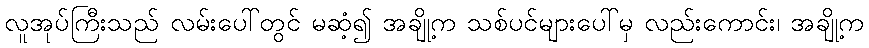
လူအုပ်ကြီးသည် လမ်းပေါ်တွင် မဆံ့၍ အချို့က သစ်ပင်များပေါ်မှ လည်းကောင်း၊ အချို့က